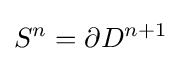
S^{n}=\partial D^{n+1}